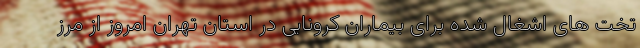
تخت های اشغال شده برای بیماران کرونایی در استان تهران امروز از مرز